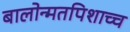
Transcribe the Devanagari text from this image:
बालोन्मतपिशाच्च